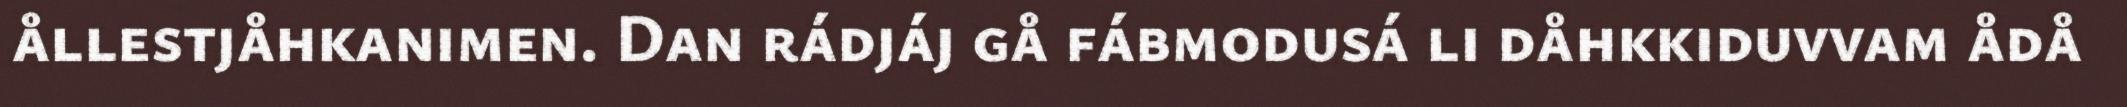
ållestjåhkanimen. Dan rádjáj gå fábmodusá li dåhkkiduvvam ådå